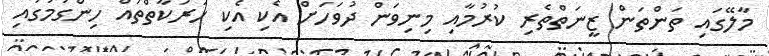
މާލޭގައި ތަންތަން ޒީނަތްތެރި ކުރުމާއި މިނިވަން ދުވަހަށް އެކި އެކި ހަރަކާތްތައް ހިންގުމުގައި